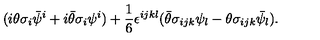
( i \theta \sigma _ { i } \bar { \psi } ^ { i } + i \bar { \theta } \sigma _ { i } \psi ^ { i } ) + \frac { 1 } { 6 } \epsilon ^ { i j k l } ( \bar { \theta } \sigma _ { i j k } \psi _ { l } - \theta \sigma _ { i j k } \bar { \psi } _ { l } ) .